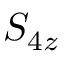
S _ { 4 z }